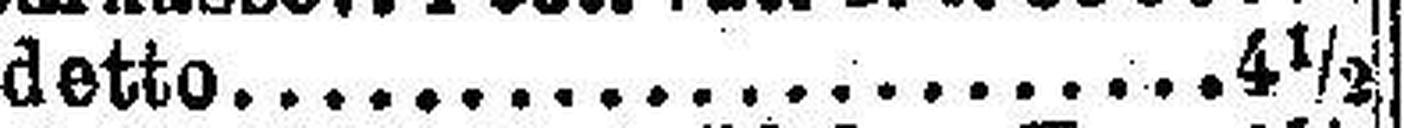
detto 4 ½